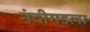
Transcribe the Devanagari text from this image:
नंदीगडला